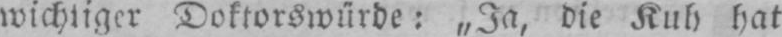
wichtiger Doktorwürde: „Ja, die Kuh hat